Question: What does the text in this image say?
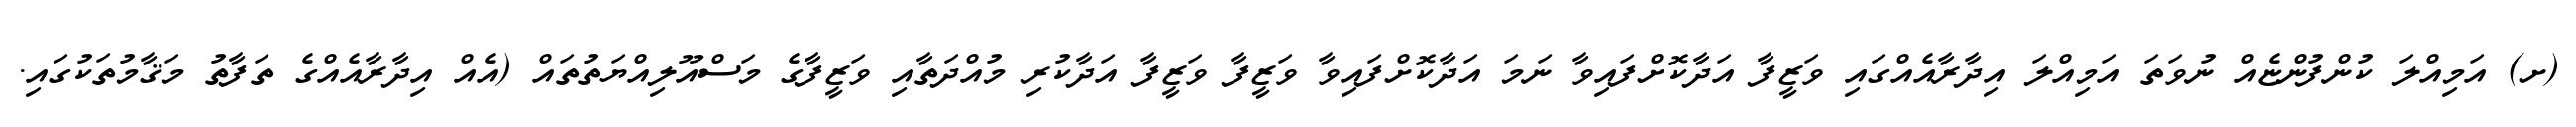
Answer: (ށ) އަމިއްލަ ކުންފުންޏެއް ނުވަތަ އަމިއްލަ އިދާރާއެއްގައި ވަޒީފާ އަދާކޮށްފައިވާ ނަމަ އަދާކޮށްފައިވާ ވަޒީފާ ވަޒީފާ އަދާކުރި މުއްދަތާއި ވަޒީފާގެ މަސްއޫލިއްޔަތުތައް (އެއް އިދާރާއެއްގެ ތަފާތު މަޤާމުތަކުގައި.